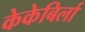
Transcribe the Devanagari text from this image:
केकेबिर्ला